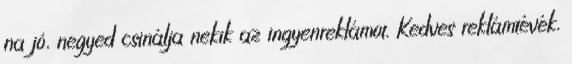
na jó, negyed csinálja nekik az ingyenreklámot. Kedves reklámtévék,